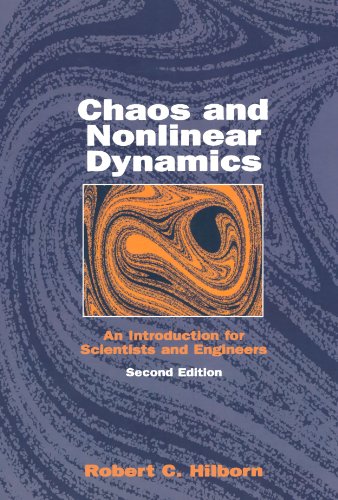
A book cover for Chaos and Nonlinear Dynamics: An Introduction for Scientists and Engineers; Robert Hilborn; Science & Math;